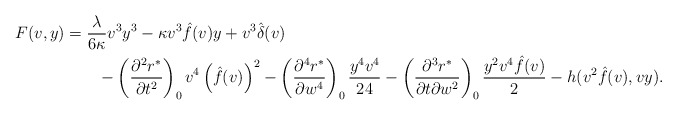
\begin{align*} F(v,y)&=\frac{\lambda}{6\kappa}v^3y^3-\kappa v^3\hat{f}(v)y+v^3\hat{\delta}(v)\\&\qquad-\left(\frac{\partial^2r^\ast}{\partial t^2}\right)_0v^4\left(\hat{f}(v)\right)^2-\left(\frac{\partial^4r^\ast}{\partial w^4}\right)_0\frac{y^4v^4}{24}-\left(\frac{\partial^3r^\ast}{\partial t\partial w^2}\right)_0\frac{y^2v^4\hat{f}(v)}{2}-h(v^2\hat{f}(v),vy).\end{align*}